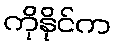
ကိုနိုင်က